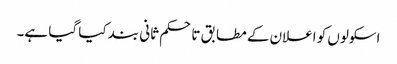
اسکولوں کو اعلان کے مطابق تاحکم ثانی بند کیا گیا ہے۔